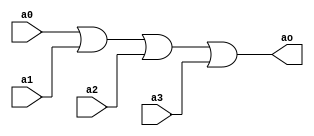
module ackor(input a0, a1, a2, a3, output ao);
	assign ao = a0 | a1 | a2 | a3;
endmodule